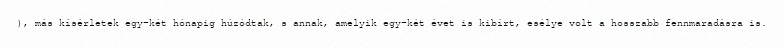
), más kísérletek egy-két hónapig húzódtak, s annak, amelyik egy-két évet is kibírt, esélye volt a hosszabb fennmaradásra is.